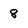
Character: 8